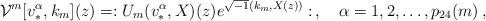
LaTeX: \begin{align*} {\cal V}^m[v^\alpha_*,k_m](z)= :U_m(v^\alpha_*,X)(z)e^{\sqrt{-1}(k_m,X(z))}:\,,\quad \alpha=1,2,\ldots,p_{24}(m)\,,\end{align*}